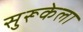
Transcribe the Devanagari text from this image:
सुरूकेला